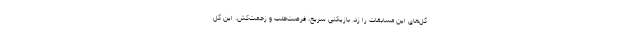
گل‌های این مسابقات را زد. بازیکنی سریع، فرصت‌طلب و زحمت‌کش. این گل